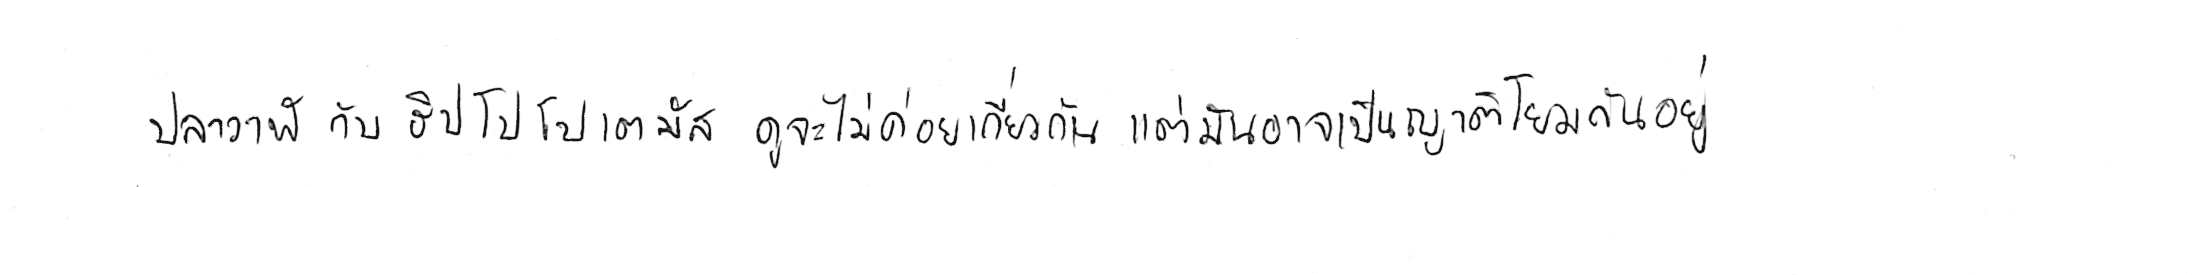
ปลาวาฬ กับ ฮิปโปโปเตมัส ดูจะไม่ค่อยเกี่ยวกัน แต่มันอาจเป็นญาติโยมกันอยู่